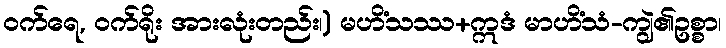
ဝက်ရေ, ဝက်ရိုး အားလုံးတည်း၊) မဟိံသဿ+ဣဒံ မာဟိံသံ-ကျွဲ၏ဥစ္စာ၊